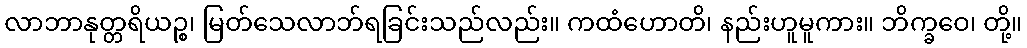
လာဘာနုတ္တရိယဉ္စ၊ မြတ်သေလာဘ်ရခြင်းသည်လည်း။ ကထံဟောတိ၊ နည်းဟူမူကား။ ဘိက္ခဝေ၊ တို့။